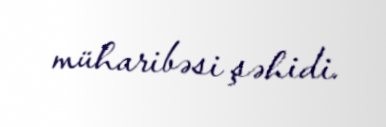
müharibəsi şəhidi.